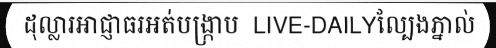
ដុល្លារអាជ្ញាធរអត់បង្ក្រាប  LIVE-DAILYល្បែងភ្នាល់